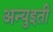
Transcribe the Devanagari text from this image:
अन्युइती